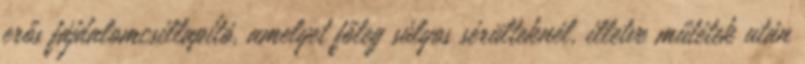
erős fájdalomcsillapító, amelyet főleg súlyos sérülteknél, illetve műtétek után